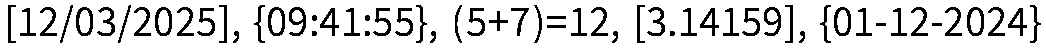
[12/03/2025], {09:41:55}, (5+7)=12, [3.14159], {01-12-2024}